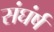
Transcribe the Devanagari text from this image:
संघंर्ष